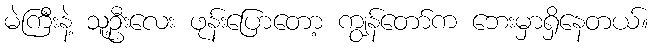
မဲကြီးနဲ့ သူ့ဦးလေး ဖုန်းပြောတော့ ကျွန်တော်က ဘေးမှာရှိနေတယ်။